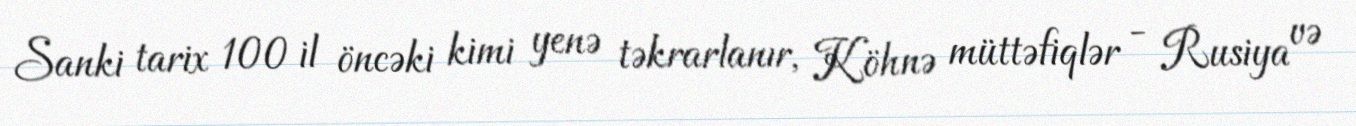
Sanki tarix 100 il öncəki kimi yenə təkrarlanır, Köhnə müttəfiqlər - Rusiya və